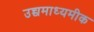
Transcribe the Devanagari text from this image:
उच्चमाध्यमीक